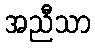
အညီသာ